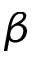
\beta